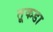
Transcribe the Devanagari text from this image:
तूकडा